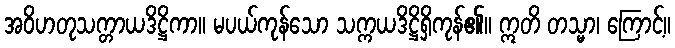
အဝိဟတုသက္တာယဒိဋ္ဌိကာ။ မပယ်ကုန်သော သက္ကယဒိဋ္ဌိရှိကုန်၏။ ဣတိ တသ္မာ၊ ကြောင့်။